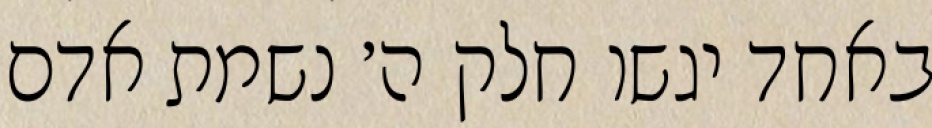
באחד יגשו חלק ה׳ נשמת אדם